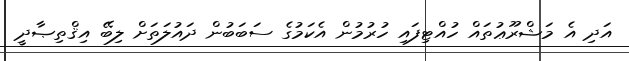
އަދި އެ މަޝްރޫޢުތައް ހުއްޓިފައި ހުރުމުން އެކަމުގެ ސަބަބުން ދައުލަތަށް ލިބޭ އިޤްތިޞާދީ